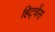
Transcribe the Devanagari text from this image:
हिट्चेंस